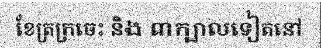
ខែត្រក្រចេះ និង ៣ក្បាលទៀតនៅ